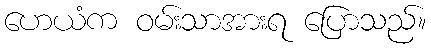
ဟေယံက ဝမ်းသာအားရ ပြောသည်။